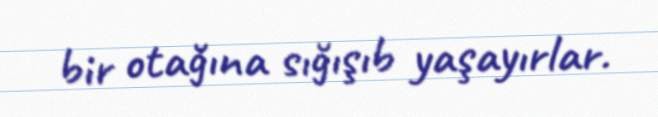
bir otağına sığışıb yaşayırlar.